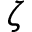
\zeta